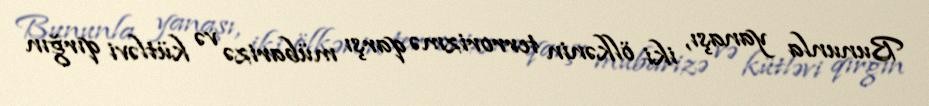
Bununla yanaşı, iki ölkənin terrorizmə qarşı mübarizə və kütləvi qırğın